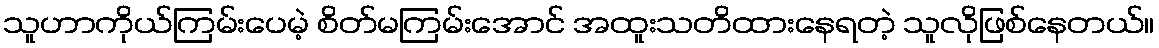
သူဟာကိုယ်ကြမ်းပေမဲ့ စိတ်မကြမ်းအောင် အထူးသတိထားနေရတဲ့ သူလိုဖြစ်နေတယ်။